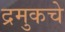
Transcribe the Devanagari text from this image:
द्रमुकचे